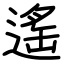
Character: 遙